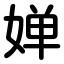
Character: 婵